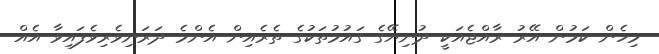
މިހެން ކަމުން އޭރު ރާއްޖެއަކީ ދުނިޔޭގެ ގައުމުތަކުގެ ތެރެއިން އެންމެ ދަރަނިވެރިވެފައިވާ އެއް